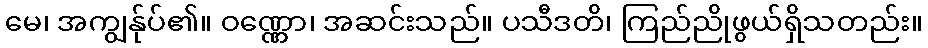
မေ၊ အကျွန်ုပ်၏။ ဝဏ္ဏော၊ အဆင်းသည်။ ပသီဒတိ၊ ကြည်ညိုဖွယ်ရှိသတည်း။